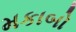
મકાબો